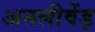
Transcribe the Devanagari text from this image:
अनलीवेंड़